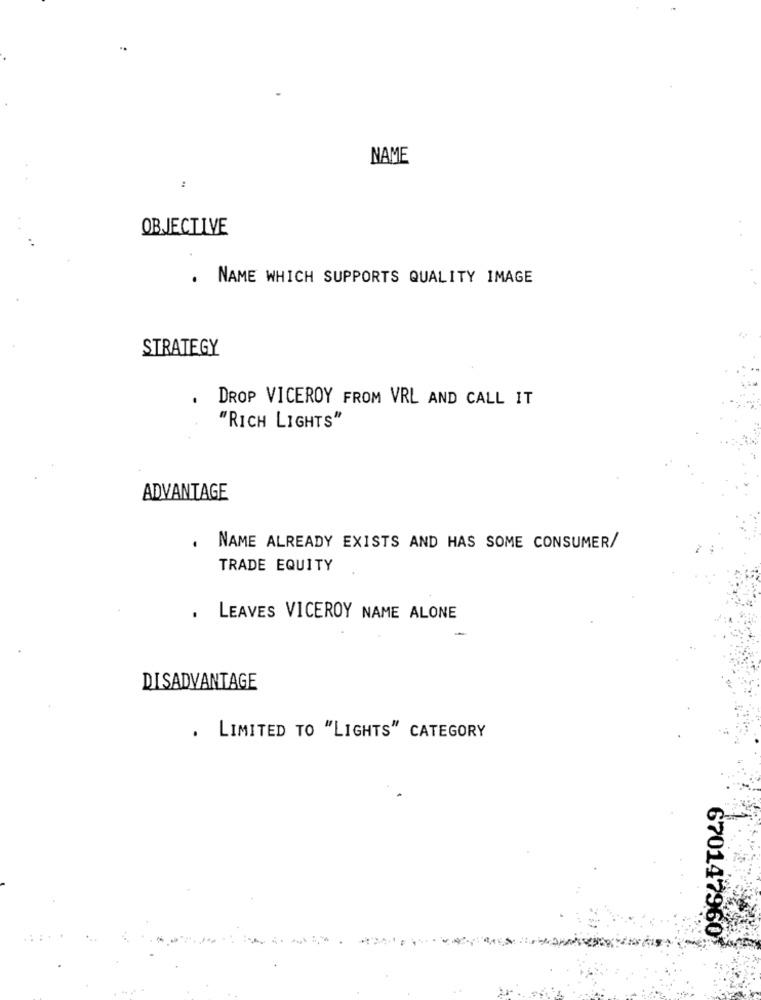
NAME
:
OBJECTIVE
. NAME WHICH SUPPORTS QUALITY IMAGE
STRATEGY
DROP VICEROY FROM VRL AND CALL IT
"RICH LIGHTS"
ADVANTAGE
NAME ALREADY EXISTS AND HAS SOME CONSUMER/
TRADE EQUITY
. LEAVES VICEROY NAME ALONE
DISADVANTAGE
. LIMITED TO "LIGHTS" CATEGORY
670147960